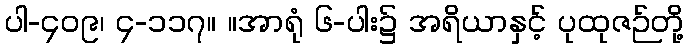
ပါ-၄၀၉၊ ၄-၁၁၇။ ။အာရုံ ၆-ပါး၌ အရိယာနှင့် ပုထုဇဉ်တို့